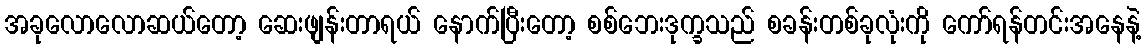
အခုလောလောဆယ်တော့ ဆေးဖျန်းတာရယ် နောက်ပြီးတော့ စစ်ဘေးဒုက္ခသည် စခန်းတစ်ခုလုံးကို ကော်ရန်တင်းအနေနဲ့